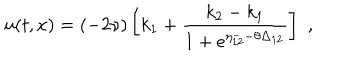
LaTeX: u ( t , x ) = ( - 2 \nu ) \left[ k _ { 1 } + \frac { k _ { 2 } - k _ { 1 } } { 1 + e ^ { \eta _ { 1 2 } ^ { - } - \theta \Delta _ { 1 2 } } } \right] \, \, ,